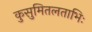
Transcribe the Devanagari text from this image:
कुसुमितलताभिः